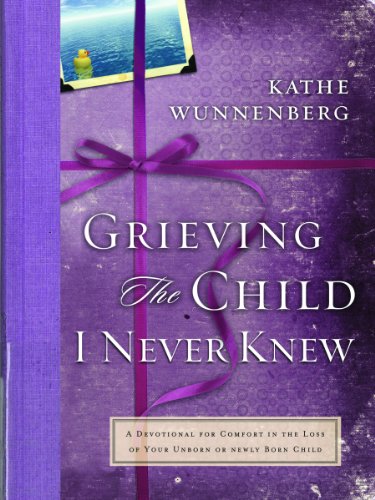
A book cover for Grieving the Child I Never Knew; Kathe Wunnenberg; Self-Help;